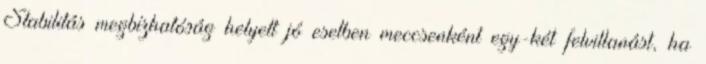
Stabilitás megbízhatóság helyett jó esetben meccsenként egy-két felvillanást, ha